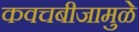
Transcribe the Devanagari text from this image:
कवचबीजामुळे